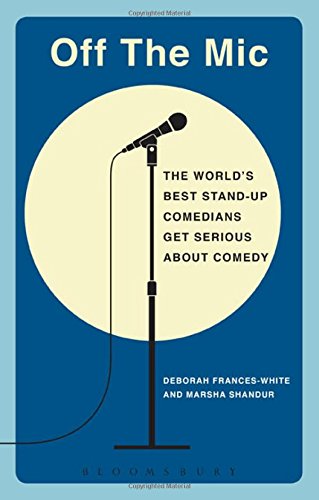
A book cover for Off the Mic: The World's Best Stand-Up Comedians Get Serious About Comedy (Performance Books); Deborah Frances-White; Literature & Fiction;